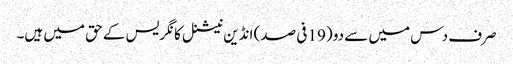
صرف دس میں سے دو (19 فی صد) انڈین نیشنل کانگریس کے حق میں ہیں۔